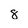
Character: 8